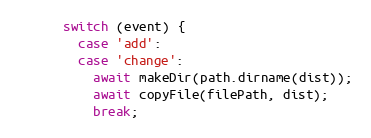
Language: JavaScript
      switch (event) {
        case 'add':
        case 'change':
          await makeDir(path.dirname(dist));
          await copyFile(filePath, dist);
          break;